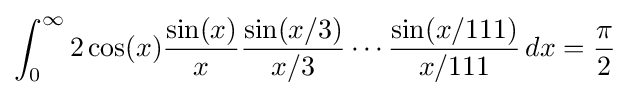
\int _{0}^{\infty }2\cos(x){\frac {\sin(x)}{x}}{\frac {\sin(x/3)}{x/3}}\cdots {\frac {\sin(x/111)}{x/111}}\,dx={\frac {\pi }{2}}